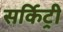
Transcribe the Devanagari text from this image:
सर्किट्री